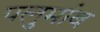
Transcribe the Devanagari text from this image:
पलुमांब